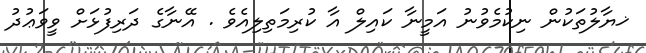
ޚޔާލުތަކުން ނިކުމެވުނު އަމީނާ ކައިލް އާ ކުރިމަތިލިއެވެ . އޭނާގެ ދަރިފުޅަށް ވީވަޢުދު